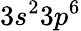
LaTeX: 3s^{2}3p^{6}